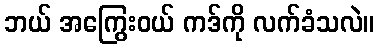
ဘယ် အကြွေးဝယ် ကဒ်ကို လက်ခံသလဲ။